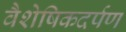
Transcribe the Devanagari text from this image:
वैशेषिकदर्पण